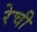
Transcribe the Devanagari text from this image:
रेची